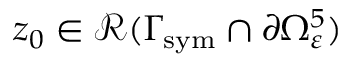
z _ { 0 } \in \mathcal { R } ( \Gamma _ { \mathrm { s y m } } \cap \partial \Omega _ { \varepsilon } ^ { 5 } )